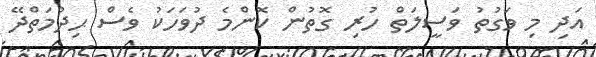
އަދި މި ވަގުތު ވަސީލަތް ހުރި ގޮތުން ކޮންމެ ދުވަހަކު ވެސް ޙިދުމަތްދޭ